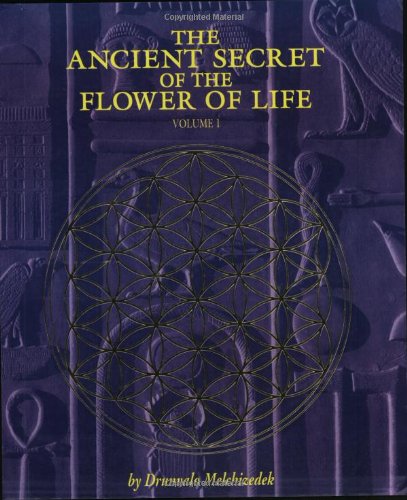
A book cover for The Ancient Secret of the Flower of Life, Vol. 1; Drunvalo Melchizedek; Religion & Spirituality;